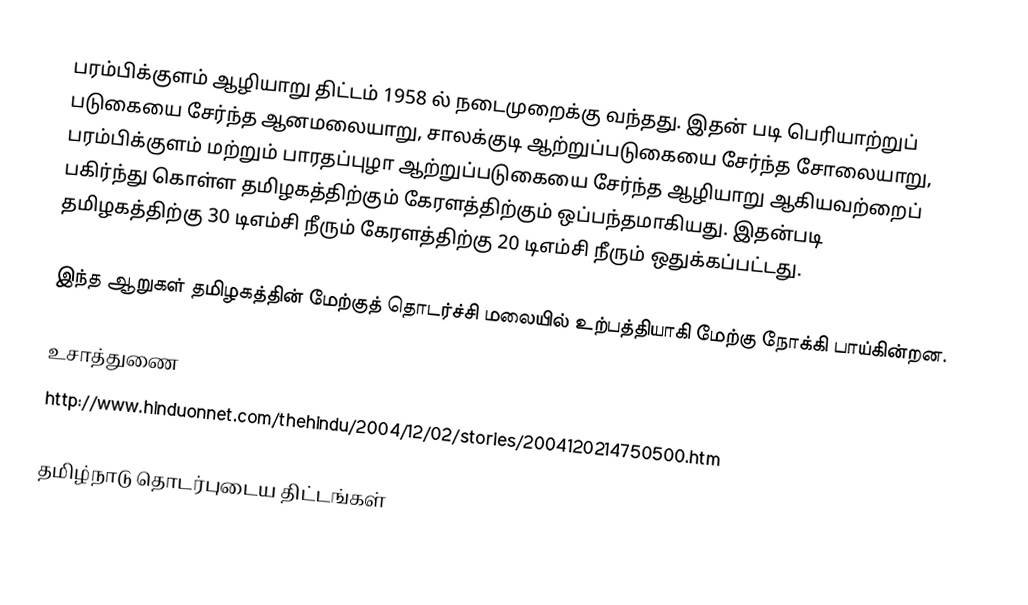
பரம்பிக்குளம் ஆழியாறு திட்டம் 1958 ல் நடைமுறைக்கு வந்தது. இதன் படி பெரியாற்றுப் படுகையை சேர்ந்த ஆனமலையாறு, சாலக்குடி ஆற்றுப்படுகையை சேர்ந்த சோலையாறு, பரம்பிக்குளம் மற்றும் பாரதப்புழா ஆற்றுப்படுகையை சேர்ந்த ஆழியாறு ஆகியவற்றைப் பகிர்ந்து கொள்ள தமிழகத்திற்கும் கேரளத்திற்கும் ஒப்பந்தமாகியது. இதன்படி தமிழகத்திற்கு 30 டிஎம்சி நீரும் கேரளத்திற்கு 20 டிஎம்சி நீரும் ஒதுக்கப்பட்டது.

இந்த ஆறுகள் தமிழகத்தின் மேற்குத் தொடர்ச்சி மலையில் உற்பத்தியாகி மேற்கு நோக்கி பாய்கின்றன.

உசாத்துணை
 http://www.hinduonnet.com/thehindu/2004/12/02/stories/2004120214750500.htm

தமிழ்நாடு தொடர்புடைய திட்டங்கள்